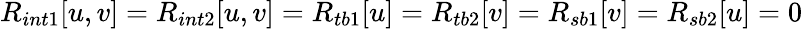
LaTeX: R_{int1}[u,v]=R_{int2}[u,v]=R_{tb1}[u]=R_{tb2}[v]=R_{sb1}[v]=R_{sb2}[u]=0